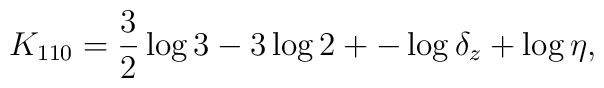
K_{110}=\frac32\log3 -3\log 2 + -\log \delta_z + \log \eta,